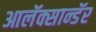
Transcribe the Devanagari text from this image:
आलॅक्सान्डॅर